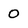
Character: 0